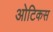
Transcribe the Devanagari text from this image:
ओटिकस